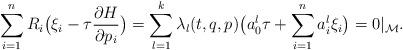
LaTeX: \begin{align*}\sum_{i=1}^n R_i\big(\xi_i-\tau\frac{\partial H}{\partial p_i}\big)=\sum_{l=1}^k \lambda_l(t,q,p)\big(a_0^l\tau +\sum_{i=1}^n a_i^l \xi_i\big)=0\vert_\mathcal M.\end{align*}